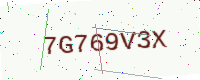
Text: 7G769V3X